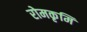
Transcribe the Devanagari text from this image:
रोमकृमि